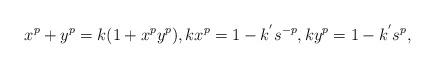
LaTeX: \begin{align*}x_{}^{p}+y_{}^{p}=k(1+x_{}^{p}y_{}^{p}),kx_{}^{p}=1-k^{^{\prime }}s_{}^{-p},ky_{}^{p}=1-k^{^{\prime }}s_{}^{p}, \end{align*}